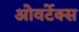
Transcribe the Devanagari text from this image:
ओवर्टेक्स